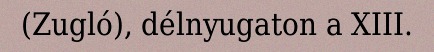
(Zugló), délnyugaton a XIII.